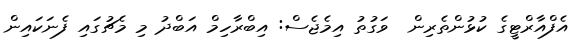
އެފްއާރްޓީގެ ކުޅުންތެރިން  ވަގުތު އިމެޖެސް: އިބްރާހިމް އަބްދު މި މެޗުގައި ފެނަކައިން